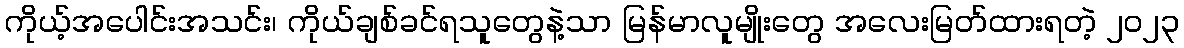
ကိုယ့်အပေါင်းအသင်း၊ ကိုယ်ချစ်ခင်ရသူတွေနဲ့သာ မြန်မာလူမျိုးတွေ အလေးမြတ်ထားရတဲ့ ၂၀၂၃